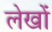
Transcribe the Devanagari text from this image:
लेखोंं